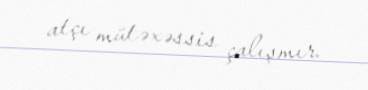
atçı mütəxəssis çalışmır.